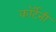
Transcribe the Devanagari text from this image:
काॅर्टनी